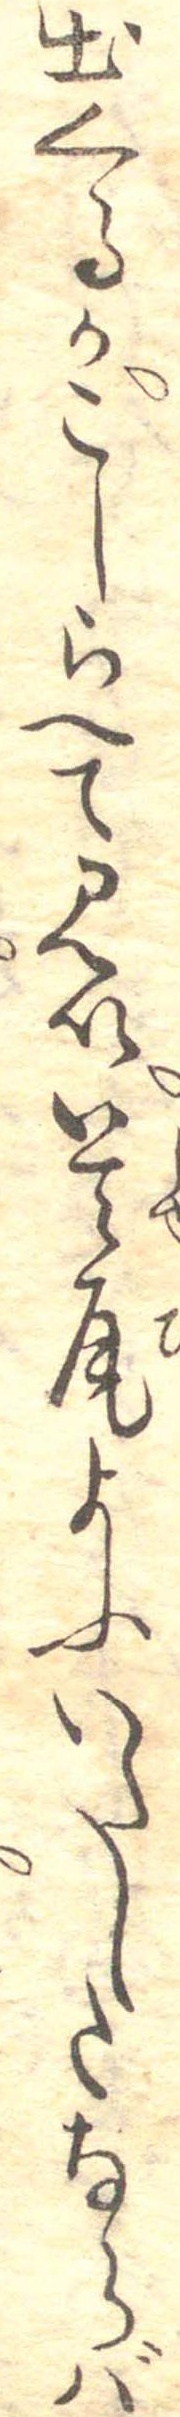
出くるかこしらへて見い首尾よふいたしたならば